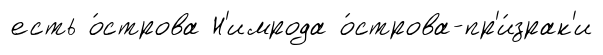
есть о́строва Н'имрода о́строва-пр'и́зрак'и